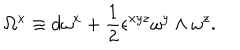
\Omega ^ { x } \equiv d \omega ^ { x } + { \frac { 1 } { 2 } } \epsilon ^ { x y z } \omega ^ { y } \wedge \omega ^ { z } .